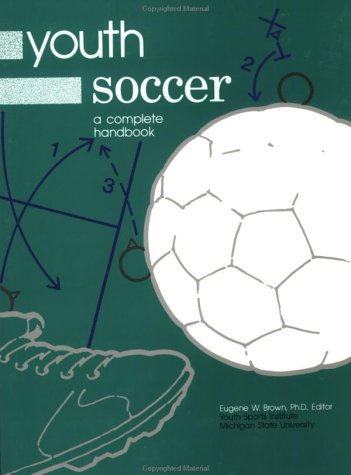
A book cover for Youth Soccer: A Complete Handbook; Youth Sports Institute; Sports & Outdoors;